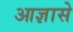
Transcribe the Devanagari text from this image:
आज्ञासे